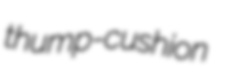
thump-cushion